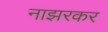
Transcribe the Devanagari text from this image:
नाझरकर